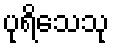
ပုရိသေသု